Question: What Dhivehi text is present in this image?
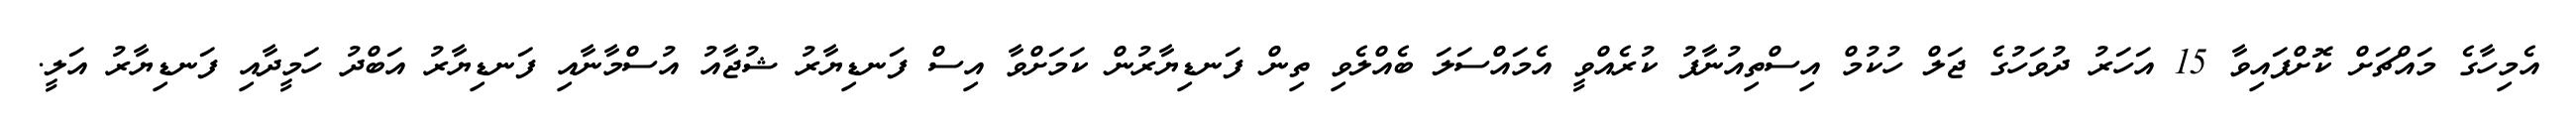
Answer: އެމިހާގެ މައްޗަށް ކޮށްފައިވާ 15 އަހަރު ދުވަހުގެ ޖަލް ހުކުމް އިސްތިއުނާފު ކުރެއްވީ އެމައްސަލަ ބެއްލެވި ތިން ފަނޑިޔާރުން ކަމަށްވާ އިސް ފަނޑިޔާރު ޝުޖާއު އުސްމާނާއި ފަނޑިޔާރު އަބްދު ހަމީދާއި ފަނޑިޔާރު އަލީ.